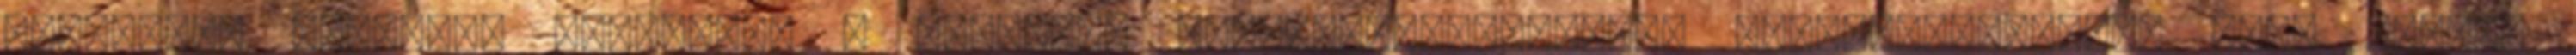
Beosztott Pozíció: beosztott A pozíció: LakatosTapasztalat: nincsFelajánlott havi bruttó